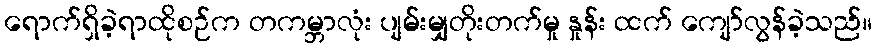
ရောက်ရှိခဲ့ရာထိုစဉ်က တကမ္ဘာလုံး ပျမ်းမျှတိုးတက်မှု နှုန်း ထက် ကျော်လွန်ခဲ့သည်။